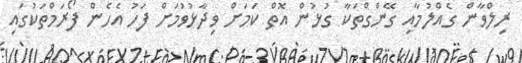
ރިލްވާން ގެއްލުމާއި ގޭންގްތަކާ ގުޅުން އޮތް ކަމަށް ވިދާޅުވުމަށް ފަހު އެހެން ފޯރަމްތަކުގައި